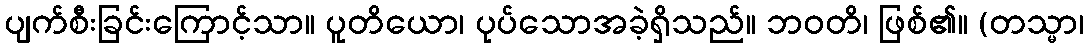
ပျက်စီးခြင်းကြောင့်သာ။ ပူတိယော၊ ပုပ်သောအခဲ့ရှိသည်။ ဘဝတိ၊ ဖြစ်၏။ (တသ္မာ၊